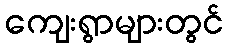
ကျေးရွာများတွင်